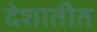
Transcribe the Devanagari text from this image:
देशातीत